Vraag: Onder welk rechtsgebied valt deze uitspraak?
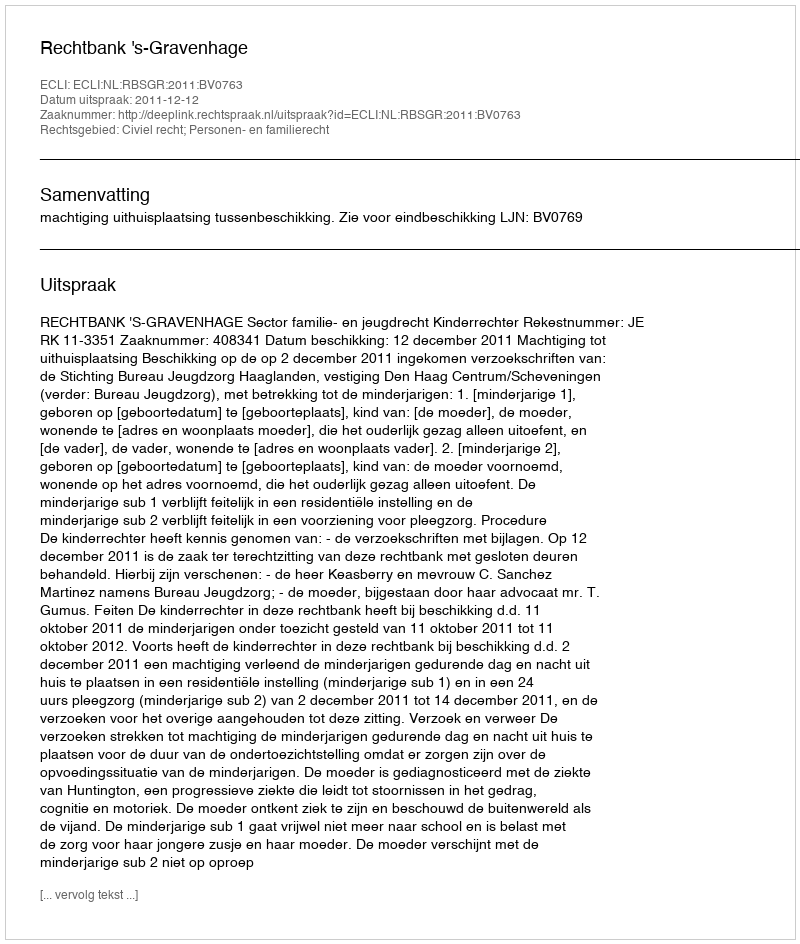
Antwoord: Civiel recht; Personen- en familierecht